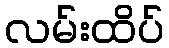
လမ်းထိပ်